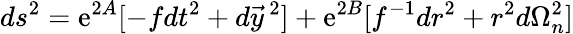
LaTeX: ds^{2}=\mathrm{e}^{2A}[-fdt^{2}+d\vec{{y}}\, ^{2}]+\mathrm{e}^{2B}[f^{-1}dr^{2}+r^{2}d\Omega_{n}^{2}]